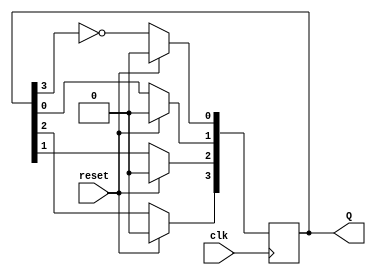
module johnson_counter (
    input wire clk,           // Clock input
    input wire reset,         // Synchronous reset
    output reg [3:0] Q        // 4-bit output representing the counter state
);

// Sequential logic to implement the Johnson counter
always @(posedge clk) begin
    if (reset) begin
        Q <= 4'b0000;        // Initialize to 0000 on reset
    end else begin
        // Johnson counter state transitions
        Q[0] <= ~Q[3];        // First flip-flop takes inverted output of the last flip-flop
        Q[1] <= Q[0];         // Second flip-flop takes the output of the first flip-flop
        Q[2] <= Q[1];         // Third flip-flop takes the output of the second flip-flop
        Q[3] <= Q[2];         // Fourth flip-flop takes the output of the third flip-flop
    end
end

endmodule